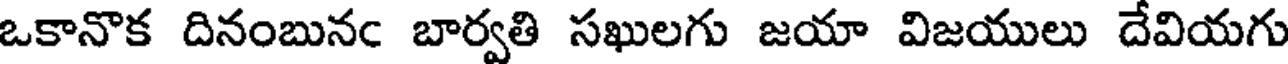
ఒకానొక దినంబునఁ బార్వతి సఖులగు జయా విజయులు దేవియగు